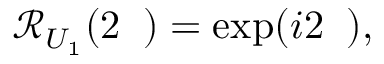
\begin{array} { r } { \mathcal { R } _ { U _ { 1 } } ( 2 { \it \Delta \phi } ) = \exp ( i 2 { \it \Delta \phi } ) , } \end{array}